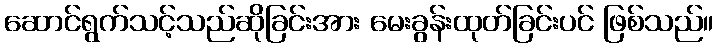
ဆောင်ရွက်သင့်သည်ဆိုခြင်းအား မေးခွန်းထုတ်ခြင်းပင် ဖြစ်သည်။